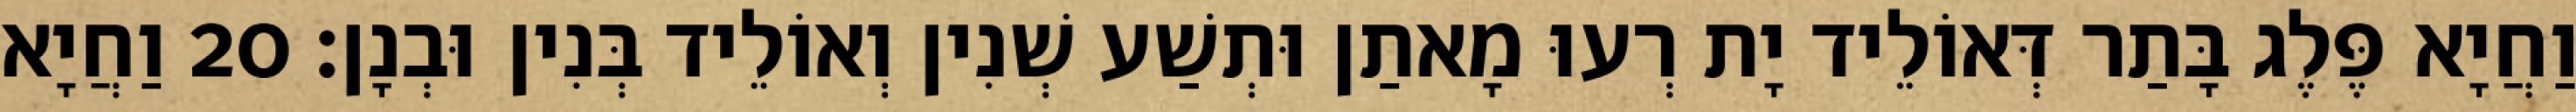
וַחֲיָא פֶּלֶג בָּתַר דְּאוֹלֵיד יָת רְעוּ מָאתַן וּתְשַׁע שְׁנִין וְאוֹלֵיד בְּנִין וּבְנָן׃ 20 וַחֲיָא